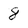
Character: 8